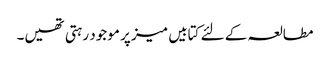
مطالعہ کے لئے کتابیں میز پر موجود رہتی تھیں۔